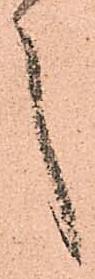
言